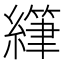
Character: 𫄂